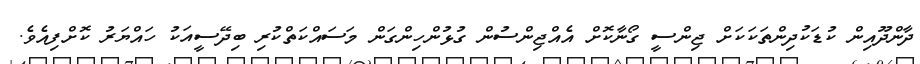
ދާންދޫއިން ކުޑަކުދިންތަކަކަށް ޖިންސީ ގޯނާކޮށް އެއްޖިންސުން ގުޅުންހިންގަން މަސައްކަތްކުރި ބިދޭސީއަކު ހައްޔަރު ކޮށްފިއެވެ.